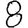
Digit: 8